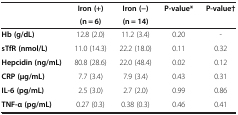
<table><thead><tr><td rowspan="2"><b> </b></td><td><b>Iron (+)</b></td><td><b>Iron (-)</b></td><td><b>P-value*</b></td><td><b>P-value†</b></td></tr><tr><td><b>(n = 6)</b></td><td><b>(n = 14)</b></td><td><b> </b></td><td><b> </b></td></tr></thead><tbody><tr><td><b>Hb (g/dL)</b></td><td>12.8 (2.0)</td><td>11.2 (3.4)</td><td>0.20</td><td>-</td></tr><tr><td><b>sTfR (nmol/L)</b></td><td>11.0 (14.3)</td><td>22.2 (18.0)</td><td>0.11</td><td>0.32</td></tr><tr><td><b>Hepcidin (ng/mL)</b></td><td>80.8 (28.6)</td><td>22.0 (48.4)</td><td>0.02</td><td>0.12</td></tr><tr><td><b>CRP (μg/mL)</b></td><td>7.7 (3.4)</td><td>7.9 (3.4)</td><td>0.43</td><td>0.31</td></tr><tr><td><b>IL-6 (pg/mL)</b></td><td>2.5 (3.0)</td><td>2.7 (2.0)</td><td>0.99</td><td>0.86</td></tr><tr><td><b>TNF-α (pg/mL)</b></td><td>0.27 (0.3)</td><td>0.38 (0.3)</td><td>0.46</td><td>0.41</td></tr></tbody></table>